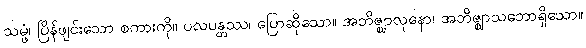
သမ္ဖံ၊ ပြိန်ဖျင်းသော စကားကို။ ပလပန္တဿ၊ ပြောဆိုသော။ အဘိဇ္ဈာလုနော၊ အဘိဇ္ဈာသဘောရှိသော။